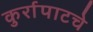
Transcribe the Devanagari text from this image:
कुर्रापाटचे